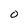
Character: O